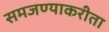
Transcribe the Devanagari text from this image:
समजण्याकरीता